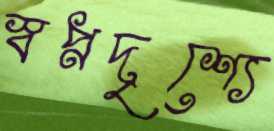
স্বপ্নদৃশ্যে